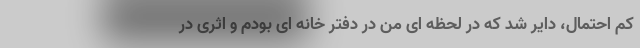
کم احتمال، دایر شد که در لحظه ای من در دفتر خانه ای بودم و اثری در